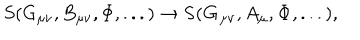
S ( G _ { \mu \nu } , B _ { \mu \nu } , \Phi , . . . ) \to { \bf S } ( { \bf G _ { \mu \nu } } , A _ { \mu } , { \bf { \Phi } } , . . . ) ,